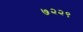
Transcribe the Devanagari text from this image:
७२२९